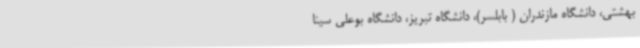
بهشتی، دانشگاه مازندران ( بابلسر)، دانشگاه تبریز، دانشگاه بوعلی سینا